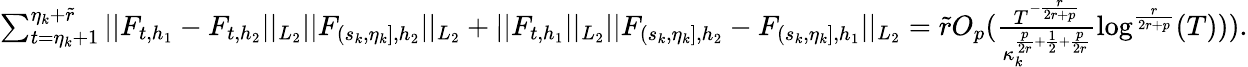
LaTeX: \begin{array}{r}{\sum_{t=\eta_{k}+1}^{\eta_{k}+\widetilde{r}}\vert\vert F_{t,h_{1}}-F_{t,h_{2}}\vert\vert_{L_{2}}\vert\vert F_{(s_{k},\eta_{k}],{h_{2}}}\vert\vert_{L_{2}}+\vert\vert F_{t,h_{1}}\vert\vert_{L_{2}}\vert\vert F_{(s_{k},\eta_{k}],{h_{2}}}-F_{(s_{k},\eta_{k}],{h_{1}}}\vert\vert_{L_{2}}=\widetilde{r}O_{p}(\frac{T^{-\frac{r}{2r+p}}}{\kappa_{k}^{\frac{p}{2r}+\frac{1}{2}+\frac{p}{2r}}}\log^{\frac{r}{2r+p}}(T))).}\end{array}